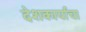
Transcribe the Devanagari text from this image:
देशकार्याचा